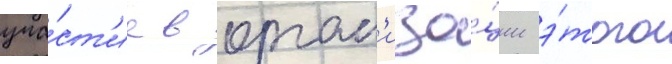
уча́ст'ие в орган'иза́ции э́того